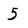
Character: 5